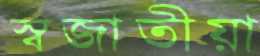
স্বজাতীয়া